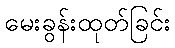
မေးခွန်းထုတ်ခြင်း